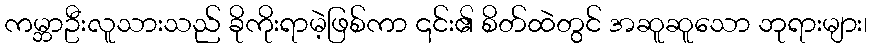
ကမ္ဘာဦးလူသားသည် ခိုကိုးရာမဲ့ဖြစ်ကာ ၎င်း၏ စိတ်ထဲတွင် အဆူဆူသော ဘုရားများ၊